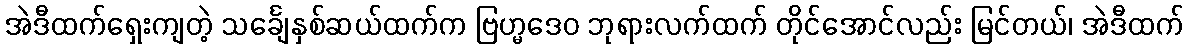
အဲဒီထက်ရှေးကျတဲ့ သင်္ချေနှစ်ဆယ်ထက်က ဗြဟ္မဒေဝ ဘုရားလက်ထက် တိုင်အောင်လည်း မြင်တယ်၊ အဲဒီထက်